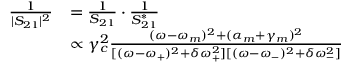
\begin{array} { r l } { \frac { 1 } { | S _ { 2 1 } | ^ { 2 } } } & { = \frac { 1 } { S _ { 2 1 } } \cdot \frac { 1 } { S _ { 2 1 } ^ { * } } } \\ & { \propto \gamma _ { c } ^ { 2 } \frac { ( \omega - \omega _ { m } ) ^ { 2 } + ( \alpha _ { m } + \gamma _ { m } ) ^ { 2 } } { [ ( \omega - \omega _ { + } ) ^ { 2 } + \delta \omega _ { + } ^ { 2 } ] [ ( \omega - \omega _ { - } ) ^ { 2 } + \delta \omega _ { - } ^ { 2 } ] } } \end{array}